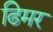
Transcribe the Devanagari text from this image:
ढिमर